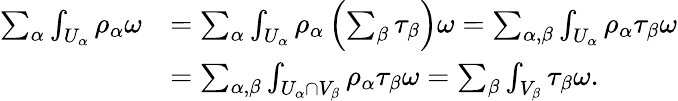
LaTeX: \begin{array}{rl}{\sum_{\alpha}\int_{U_{\alpha}}\rho_{\alpha}\omega}&{=\sum_{\alpha}\int_{U_{\alpha}}\rho_{\alpha}\left(\sum_{\beta}\tau_{\beta}\right)\omega=\sum_{\alpha,\beta}\int_{U_{\alpha}}\rho_{\alpha}\tau_{\beta}\omega}\\ &{=\sum_{\alpha,\beta}\int_{U_{\alpha}\cap V_{\beta}}\rho_{\alpha}\tau_{\beta}\omega=\sum_{\beta}\int_{V_{\beta}}\tau_{\beta}\omega.}\end{array}